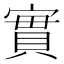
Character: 實